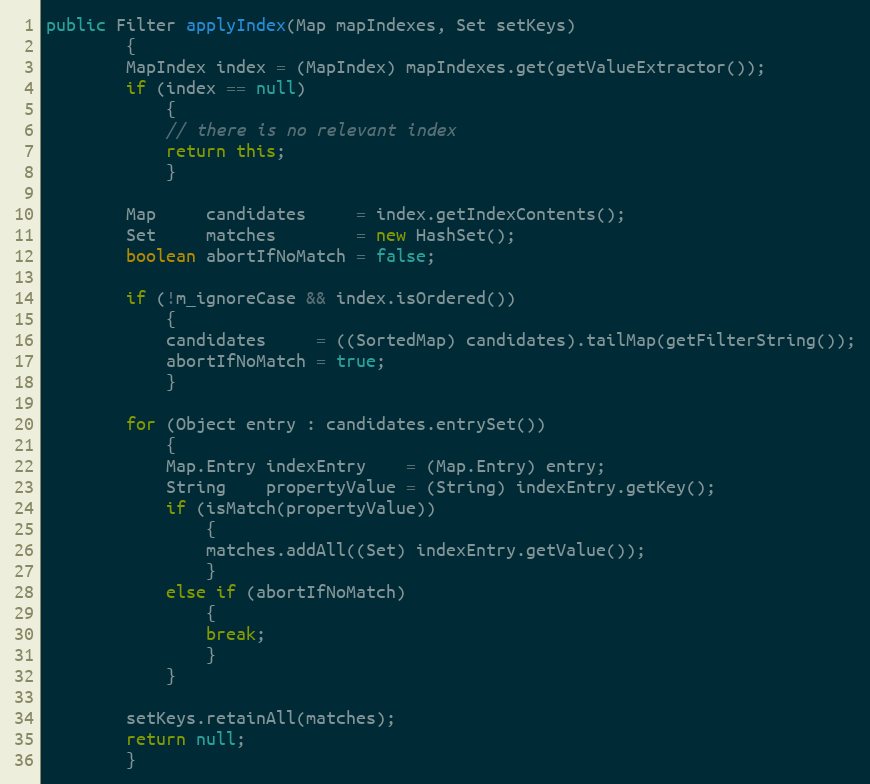
Language: Java
public Filter applyIndex(Map mapIndexes, Set setKeys)
        {
        MapIndex index = (MapIndex) mapIndexes.get(getValueExtractor());
        if (index == null)
            {
            // there is no relevant index
            return this;
            }

        Map     candidates     = index.getIndexContents();
        Set     matches        = new HashSet();
        boolean abortIfNoMatch = false;

        if (!m_ignoreCase && index.isOrdered())
            {
            candidates     = ((SortedMap) candidates).tailMap(getFilterString());
            abortIfNoMatch = true;
            }

        for (Object entry : candidates.entrySet())
            {
            Map.Entry indexEntry    = (Map.Entry) entry;
            String    propertyValue = (String) indexEntry.getKey();
            if (isMatch(propertyValue))
                {
                matches.addAll((Set) indexEntry.getValue());
                }
            else if (abortIfNoMatch)
                {
                break;
                }
            }

        setKeys.retainAll(matches);
        return null;
        }